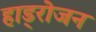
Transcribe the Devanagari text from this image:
हाड्रोजन